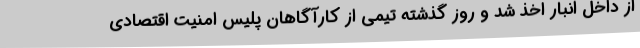
از داخل انبار اخذ شد و روز گذشته تیمی از کارآگاهان پلیس امنیت اقتصادی